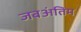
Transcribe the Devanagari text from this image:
जबअंतिम